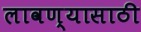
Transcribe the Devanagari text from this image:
लावण्‍यासाठी